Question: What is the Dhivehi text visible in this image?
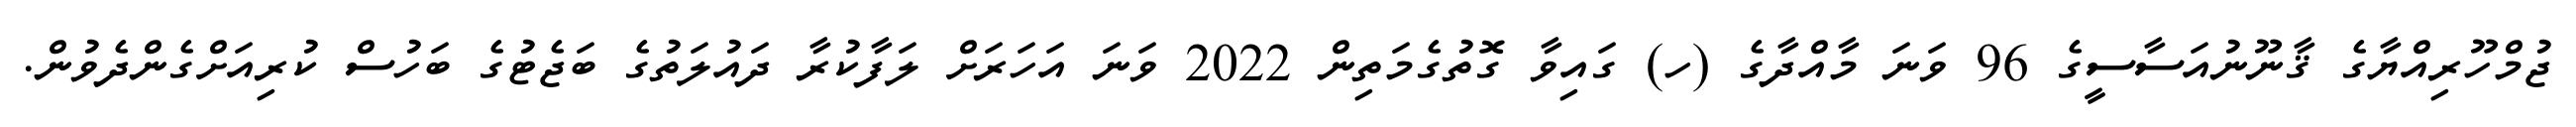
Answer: ޖުމްހޫރިއްޔާގެ ޤާނޫނުއަސާސީގެ 96 ވަނަ މާއްދާގެ (ހ) ގައިވާ ގޮތުގެމަތިން 2022 ވަނަ އަހަރަށް ލަފާކުރާ ދައުލަތުގެ ބަޖެޓުގެ ބަހުސް ކުރިއަށްގެންދެވުން.